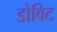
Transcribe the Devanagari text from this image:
डोविट